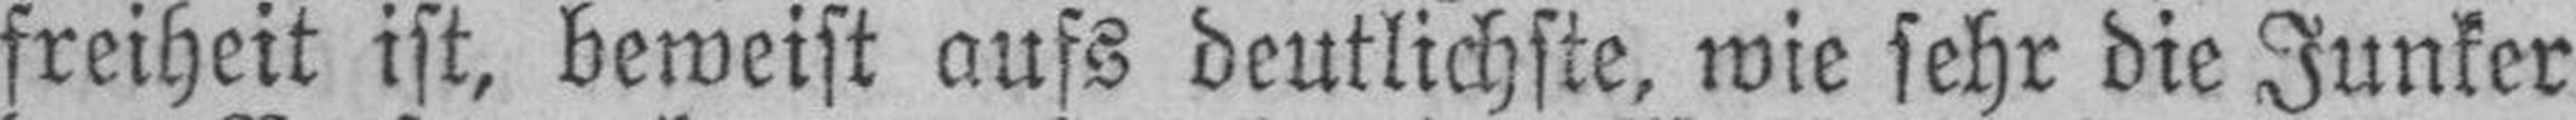
freiheit ist, beweist aufs deutlichste, wie sehr die Junker